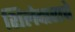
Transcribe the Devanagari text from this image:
शिलेदाराचे